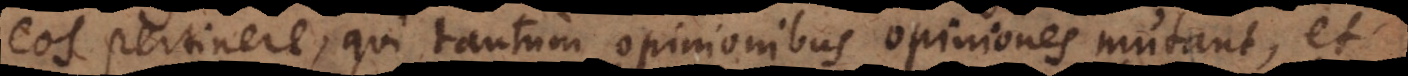
eos pertinere, qui tantum opinionibus opiniones mutant, et